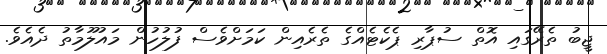
ޖީބު ތެރޭގައި އޮތް ސުޕާރި ޕެކެޓެއްގެ ތެރެއިން ކަމަށްވެސް ފުލުހުން މައުލޫމާތު ދެއެވެ.